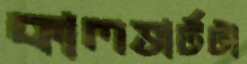
কালভার্টটা